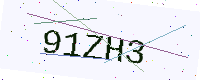
Text: 91ZH3